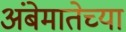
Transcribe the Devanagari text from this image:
अंबेमातेच्या